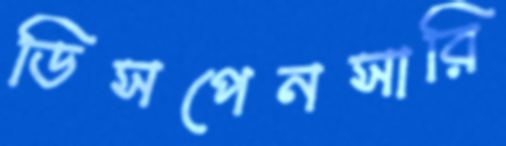
ডিসপেনসারি